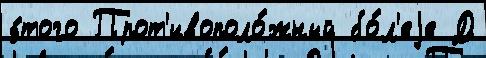
э́того Прот'ивополо́жный бо́л'еjе Д